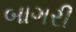
બાગરી